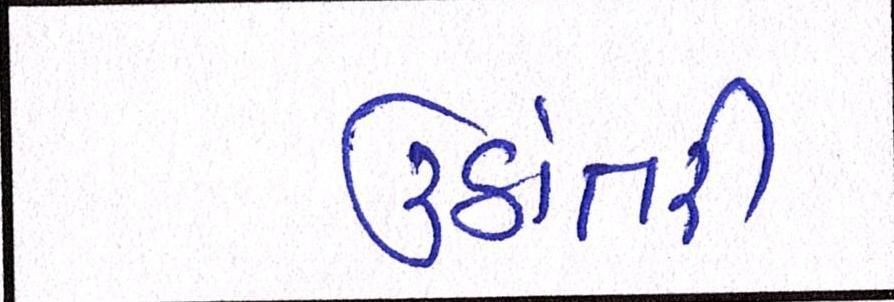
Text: ઉઠાંતરી